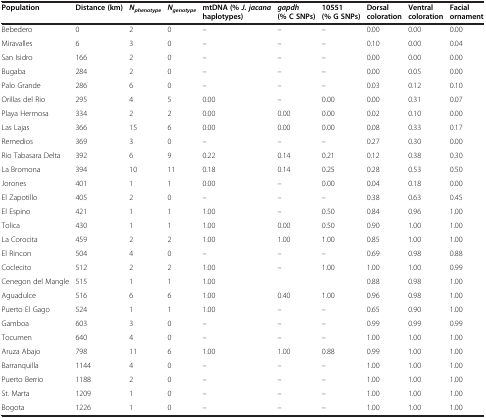
<table><thead><tr><td><b>Population</b></td><td><b>Distance (km)</b></td><td><b><i>N</i><sub><i>phenotype</i></sub></b></td><td><b><i>N</i><sub><i>genotype</i></sub></b></td><td><b>mtDNA (%<i>J. jacana</i>haplotypes)</b></td><td><b><i>gapdh</i>(% C SNPs)</b></td><td><b>10551 (% G SNPs)</b></td><td><b>Dorsal coloration</b></td><td><b>Ventral coloration</b></td><td><b>Facial ornament</b></td></tr></thead><tbody><tr><td>Bebedero</td><td>0</td><td>2</td><td>0</td><td>–</td><td>–</td><td>–</td><td>0.00</td><td>0.00</td><td>0.00</td></tr><tr><td>Miravalles</td><td>6</td><td>3</td><td>0</td><td>–</td><td>–</td><td>–</td><td>0.10</td><td>0.00</td><td>0.04</td></tr><tr><td>San Isidro</td><td>166</td><td>2</td><td>0</td><td>–</td><td>–</td><td>–</td><td>0.00</td><td>0.00</td><td>0.00</td></tr><tr><td>Bugaba</td><td>284</td><td>2</td><td>0</td><td>–</td><td>–</td><td>–</td><td>0.00</td><td>0.05</td><td>0.00</td></tr><tr><td>Palo Grande</td><td>286</td><td>6</td><td>0</td><td>–</td><td>–</td><td>–</td><td>0.03</td><td>0.12</td><td>0.10</td></tr><tr><td>Orillas del Rio</td><td>295</td><td>4</td><td>5</td><td>0.00</td><td>–</td><td>0.00</td><td>0.00</td><td>0.31</td><td>0.07</td></tr><tr><td>Playa Hermosa</td><td>334</td><td>2</td><td>2</td><td>0.00</td><td>0.00</td><td>0.00</td><td>0.02</td><td>0.10</td><td>0.00</td></tr><tr><td>Las Lajas</td><td>366</td><td>15</td><td>6</td><td>0.00</td><td>0.00</td><td>0.00</td><td>0.08</td><td>0.33</td><td>0.17</td></tr><tr><td>Remedios</td><td>369</td><td>3</td><td>0</td><td>–</td><td>–</td><td>–</td><td>0.27</td><td>0.30</td><td>0.00</td></tr><tr><td>Rio Tabasara Delta</td><td>392</td><td>6</td><td>9</td><td>0.22</td><td>0.14</td><td>0.21</td><td>0.12</td><td>0.38</td><td>0.30</td></tr><tr><td>La Bromona</td><td>394</td><td>10</td><td>11</td><td>0.18</td><td>0.14</td><td>0.25</td><td>0.28</td><td>0.53</td><td>0.50</td></tr><tr><td>Jorones</td><td>401</td><td>1</td><td>1</td><td>0.00</td><td>–</td><td>0.00</td><td>0.04</td><td>0.18</td><td>0.00</td></tr><tr><td>El Zapotillo</td><td>405</td><td>2</td><td>0</td><td>–</td><td>–</td><td>–</td><td>0.38</td><td>0.63</td><td>0.45</td></tr><tr><td>El Espino</td><td>421</td><td>1</td><td>1</td><td>1.00</td><td>–</td><td>0.50</td><td>0.84</td><td>0.96</td><td>1.00</td></tr><tr><td>Tolica</td><td>430</td><td>1</td><td>1</td><td>1.00</td><td>0.00</td><td>0.50</td><td>0.90</td><td>1.00</td><td>1.00</td></tr><tr><td>La Corocita</td><td>459</td><td>2</td><td>2</td><td>1.00</td><td>1.00</td><td>1.00</td><td>0.85</td><td>1.00</td><td>1.00</td></tr><tr><td>El Rincon</td><td>504</td><td>4</td><td>0</td><td>–</td><td>–</td><td>–</td><td>0.69</td><td>0.98</td><td>0.88</td></tr><tr><td>Coclecito</td><td>512</td><td>2</td><td>2</td><td>1.00</td><td>–</td><td>1.00</td><td>1.00</td><td>1.00</td><td>0.99</td></tr><tr><td>Cenegon del Mangle</td><td>515</td><td>1</td><td>1</td><td>1.00</td><td>[EMPTY_CELL]</td><td>[EMPTY_CELL]</td><td>0.88</td><td>0.98</td><td>1.00</td></tr><tr><td>Aguadulce</td><td>516</td><td>6</td><td>6</td><td>1.00</td><td>0.40</td><td>1.00</td><td>0.96</td><td>0.98</td><td>1.00</td></tr><tr><td>Puerto El Gago</td><td>524</td><td>1</td><td>1</td><td>1.00</td><td>–</td><td>–</td><td>0.65</td><td>0.90</td><td>1.00</td></tr><tr><td>Gamboa</td><td>603</td><td>3</td><td>0</td><td>–</td><td>–</td><td>–</td><td>0.99</td><td>0.99</td><td>0.99</td></tr><tr><td>Tocumen</td><td>640</td><td>4</td><td>0</td><td>–</td><td>–</td><td>–</td><td>1.00</td><td>1.00</td><td>1.00</td></tr><tr><td>Aruza Abajo</td><td>798</td><td>11</td><td>6</td><td>1.00</td><td>1.00</td><td>0.88</td><td>0.99</td><td>1.00</td><td>1.00</td></tr><tr><td>Barranquilla</td><td>1144</td><td>4</td><td>0</td><td>–</td><td>–</td><td>–</td><td>1.00</td><td>1.00</td><td>1.00</td></tr><tr><td>Puerto Berrio</td><td>1188</td><td>2</td><td>0</td><td>–</td><td>–</td><td>–</td><td>1.00</td><td>1.00</td><td>1.00</td></tr><tr><td>St. Marta</td><td>1209</td><td>1</td><td>0</td><td>–</td><td>–</td><td>–</td><td>1.00</td><td>1.00</td><td>1.00</td></tr><tr><td>Bogota</td><td>1226</td><td>1</td><td>0</td><td>–</td><td>–</td><td>–</td><td>1.00</td><td>1.00</td><td>1.00</td></tr></tbody></table>